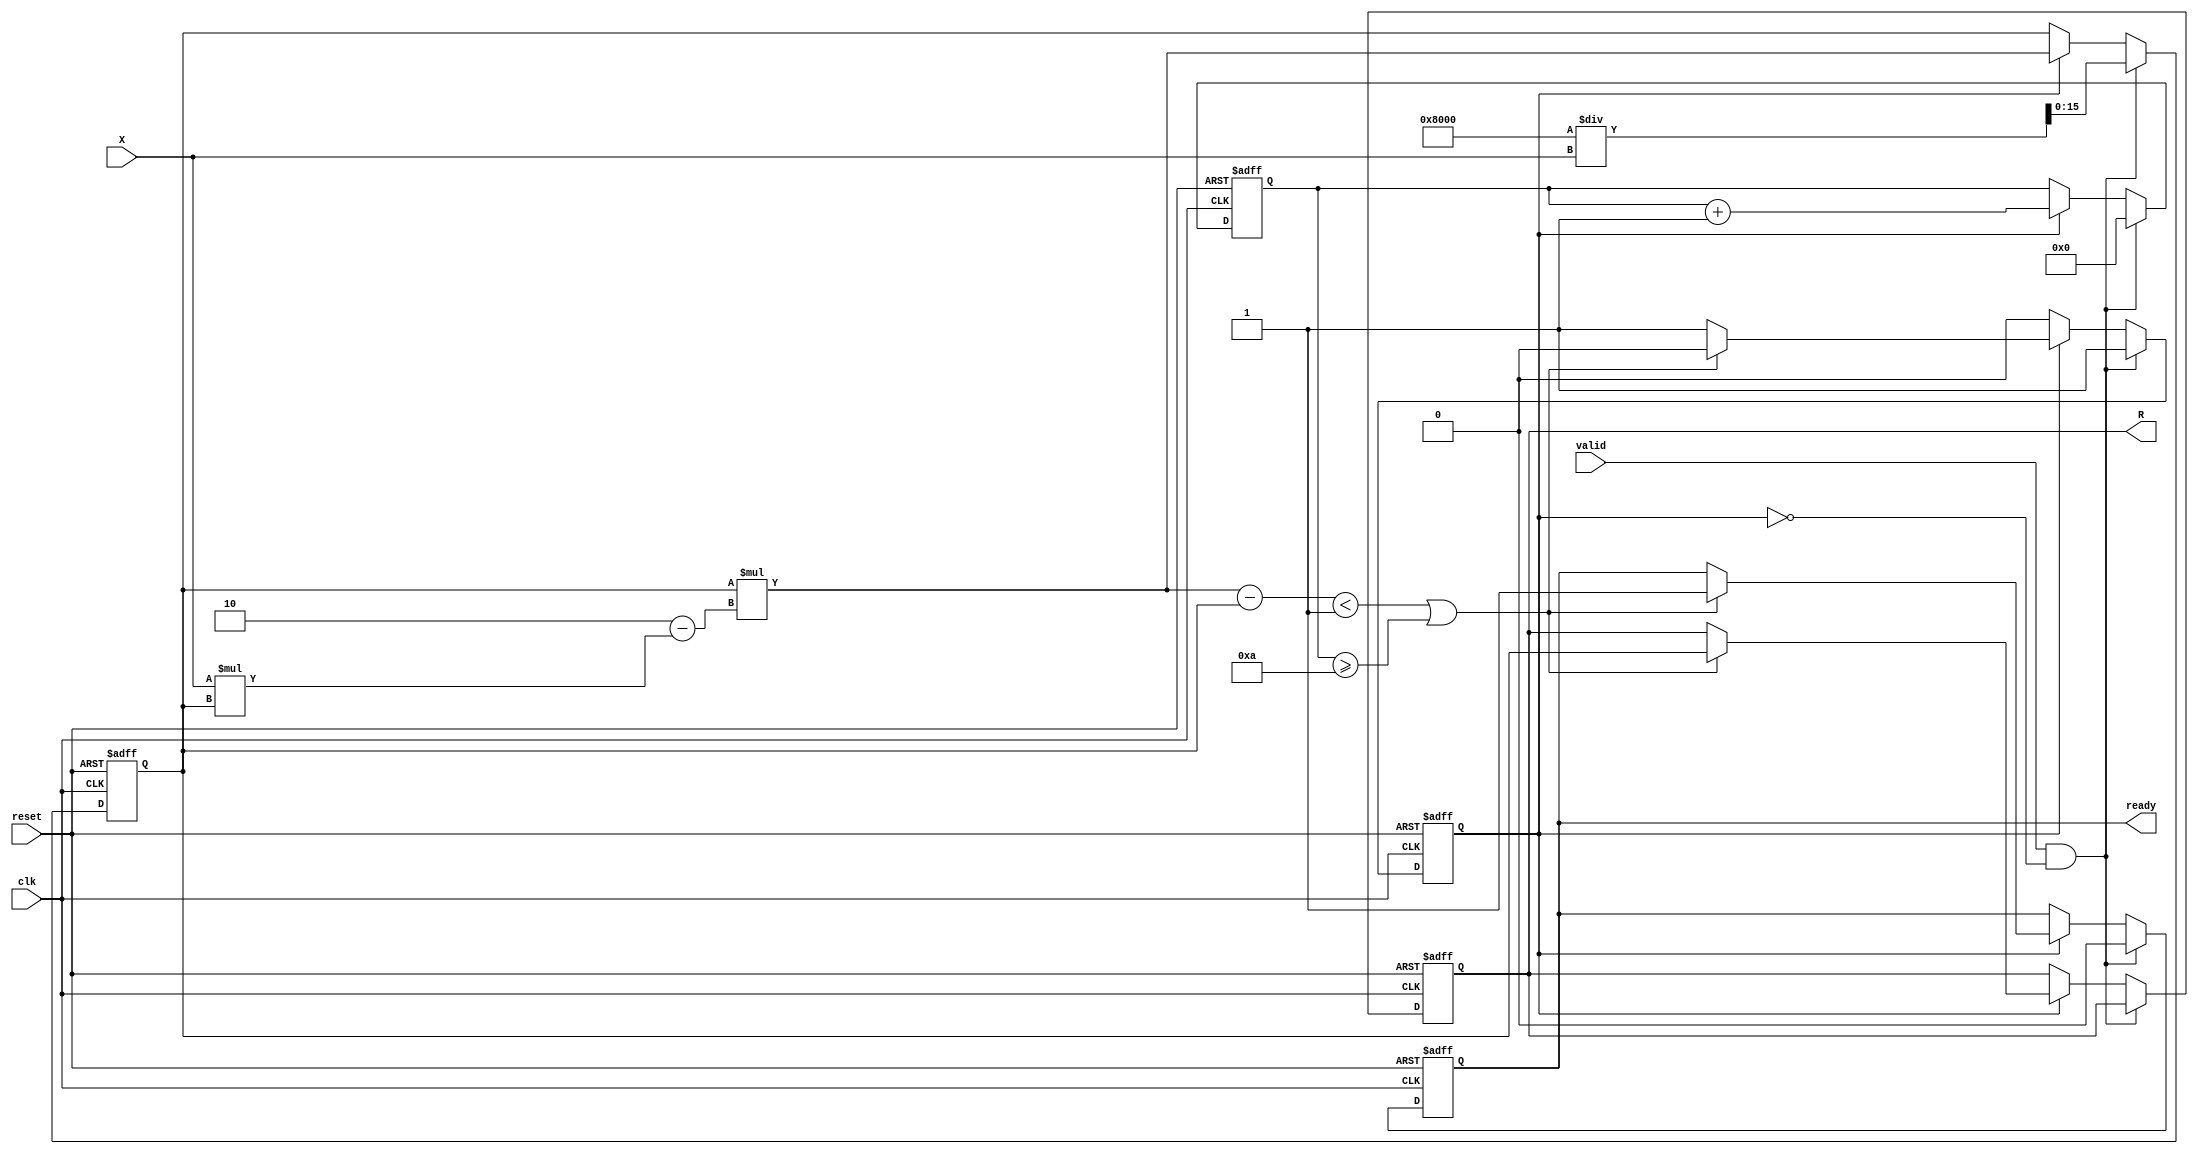
module IterativeReciprocal #(
    parameter N = 16,                // Bit-width of input and output
    parameter MAX_ITER = 10,         // Maximum number of iterations
    parameter THRESHOLD = 16'h0001    // Convergence threshold (adjust as needed)
)(
    input wire clk,                  // Clock signal
    input wire reset,                // Reset signal
    input wire valid,                // Input valid signal
    input wire [N-1:0] X,            // Input value (0 < X < 1)
    output reg [N-1:0] R,            // Output reciprocal
    output reg ready                 // Output ready signal
);

    reg [N-1:0] R_current;           // Current estimate of reciprocal
    reg [N-1:0] R_next;              // Next estimate of reciprocal
    reg [N-1:0] delta;               // Change in estimate
    reg [3:0] iteration_count;        // Iteration counter
    reg in_progress;                  // Flag to indicate ongoing calculation

    always @(posedge clk or posedge reset) begin
        if (reset) begin
            R <= 0;
            ready <= 0;
            R_current <= 0;
            iteration_count <= 0;
            in_progress <= 0;
        end else begin
            if (valid && !in_progress) begin
                // Initialize on first valid input
                R_current <= {1'b0, (1 << (N-1)) / X}; // Initial estimate: 1/X (scaled)
                iteration_count <= 0;
                in_progress <= 1;
                ready <= 0;
            end else if (in_progress) begin
                // Perform iteration
                R_next = R_current * (2 - X * R_current);
                delta = R_next - R_current;

                // Update current estimate
                R_current <= R_next;

                // Increment iteration count
                iteration_count <= iteration_count + 1;

                // Check for convergence or max iterations
                if ((delta < THRESHOLD) || (iteration_count >= MAX_ITER)) begin
                    R <= R_current; // Final result
                    ready <= 1;     // Mark output as ready
                    in_progress <= 0; // Reset processing flag
                end
            end
        end
    end

endmodule